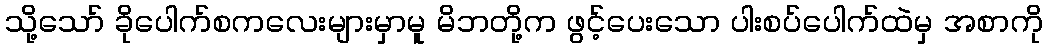
သို့သော် ခိုပေါက်စကလေးများမှာမူ မိဘတို့က ဖွင့်ပေးသော ပါးစပ်ပေါက်ထဲမှ အစာကို